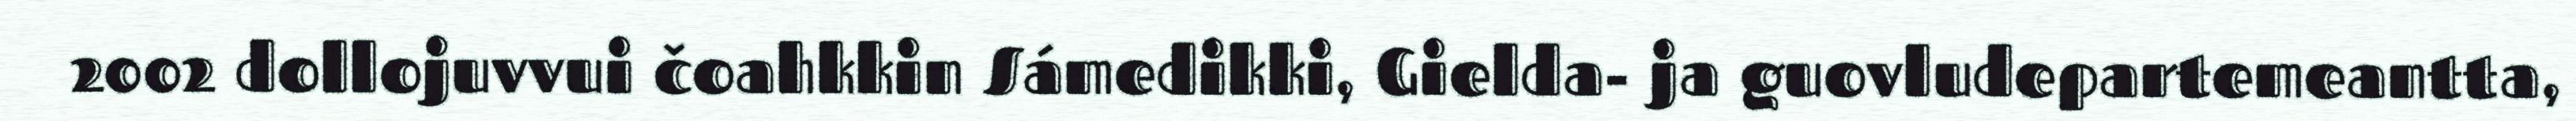
2002 dollojuvvui čoahkkin Sámedikki, Gielda- ja guovludepartemeantta,